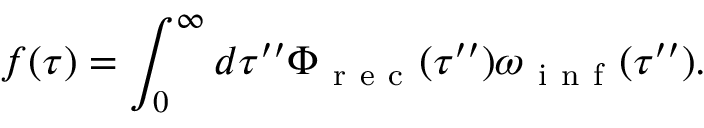
f ( \tau ) = \int _ { 0 } ^ { \infty } d \tau ^ { \prime \prime } \Phi _ { \mathrm { ~ r ~ e ~ c ~ } } ( \tau ^ { \prime \prime } ) \omega _ { \mathrm { ~ i ~ n ~ f ~ } } ( \tau ^ { \prime \prime } ) .